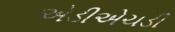
એડીએચડી